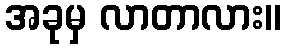
အခုမှ လာတာလား။